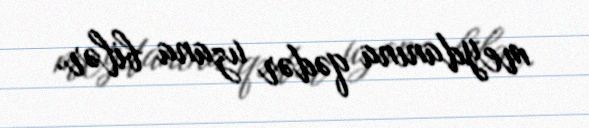
meydanına qədər uzana bilər.